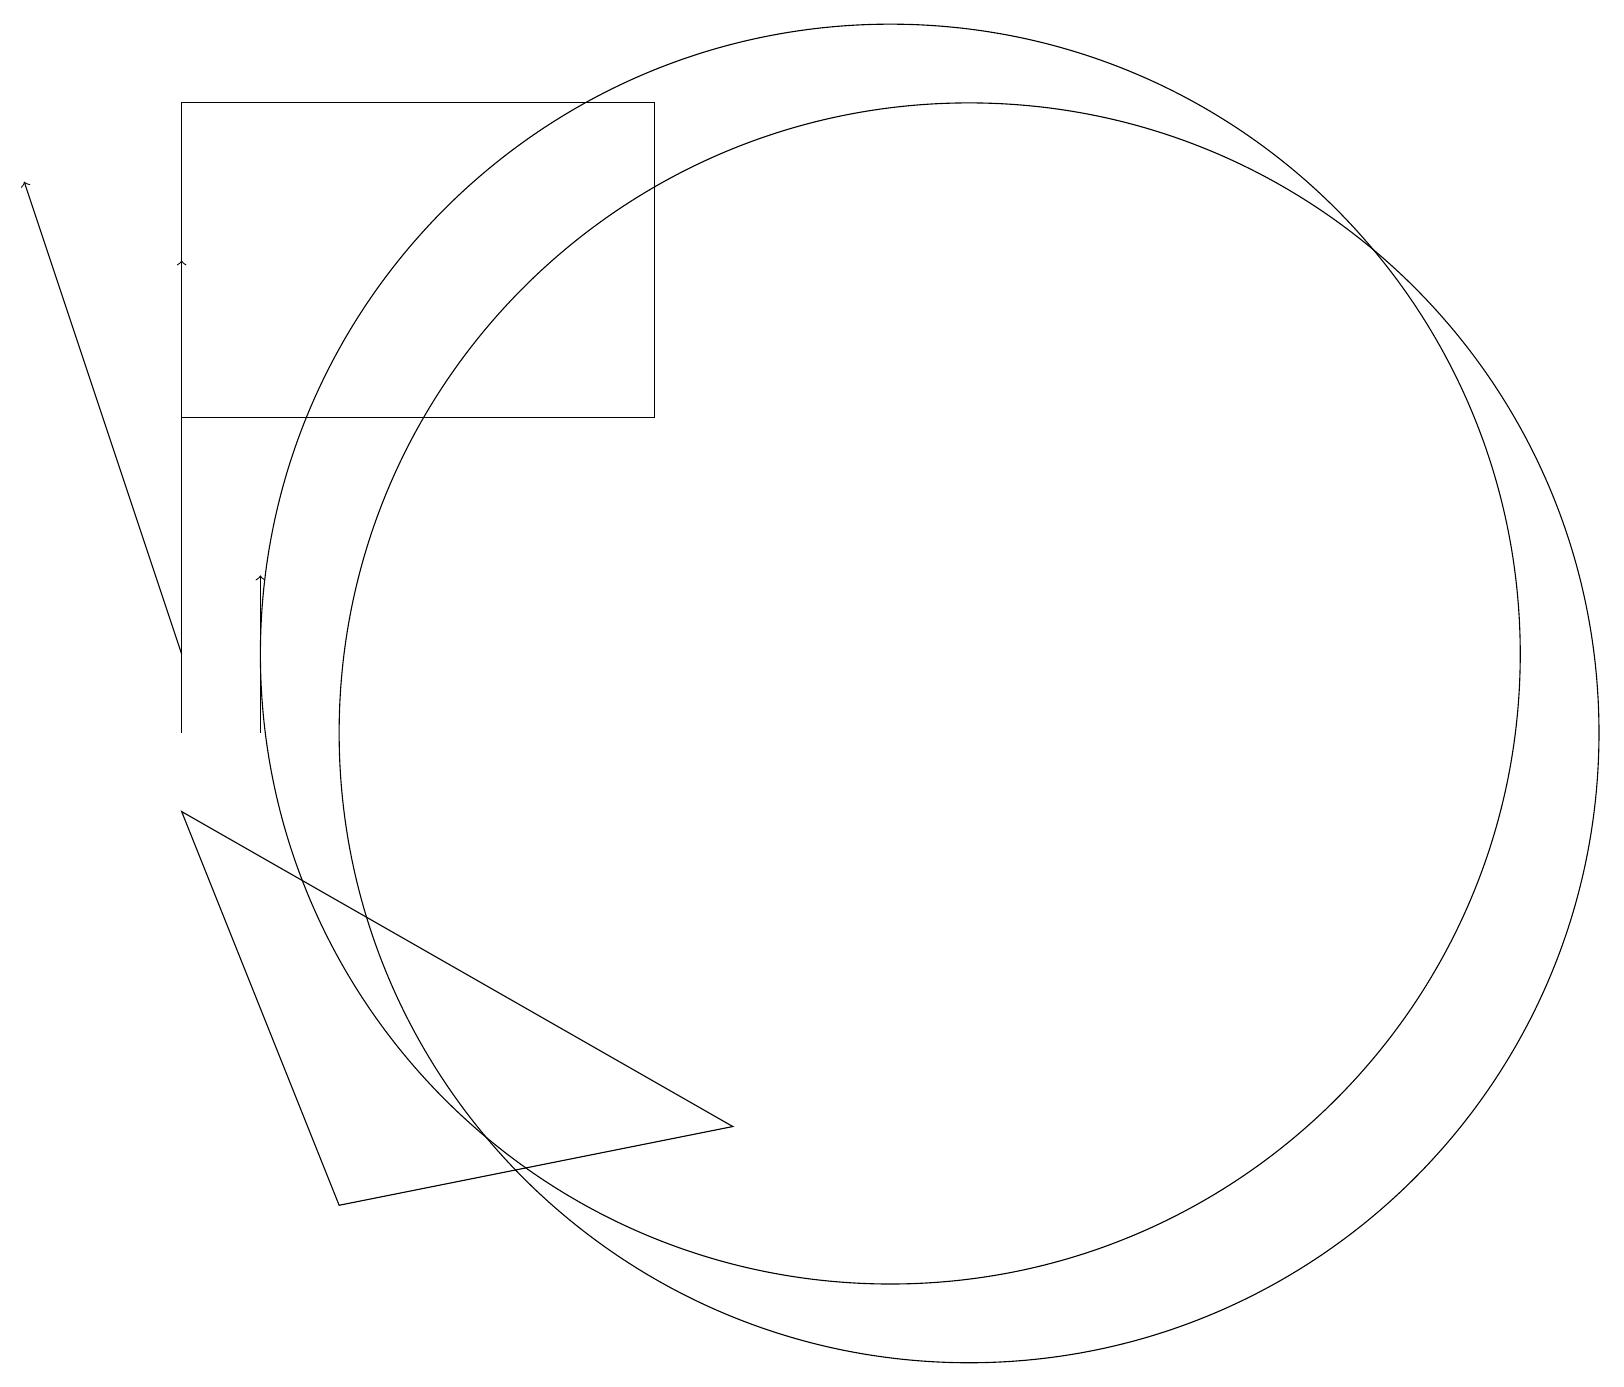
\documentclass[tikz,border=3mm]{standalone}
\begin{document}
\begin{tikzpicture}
\draw (4,4) -- (9,5) -- (2,9) -- cycle;
\draw (11,11) circle (8);
\draw[->] (2,10) -- (2,16);
\draw (12,10) circle (8);
\draw[->] (2,11) -- (0,17);
\draw (2,18) rectangle (8,14);
\draw[->] (3,10) -- (3,12);
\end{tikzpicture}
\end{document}